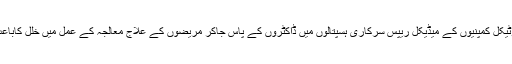
ڈی سی او نے واضح کیا ہے کہ مختلف فارما سوٹیکل کمپنیوں کے میڈیکل ریپس سرکاری ہسپتالوں میں ڈاکٹروں کے پاس جاکر مریضوں کے علاج معالجہ کے عمل میں خلل کاباعث بنتے ہیں جس کا سختی سے نوٹس لیا گیا ہے ۔